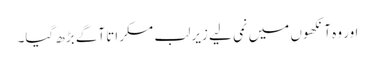
اور وہ آنکھوں میں نمی لیے زیرِ لب مسکراتا آگے بڑھ گیا۔